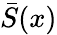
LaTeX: \bar{S}(x)